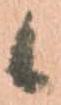
候